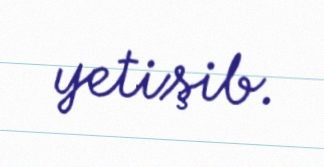
yetişib.